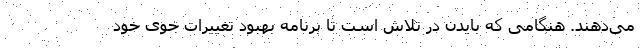
می‌دهند. هنگامی که بایدن در تلاش است تا برنامه بهبود تغییرات جوی خود